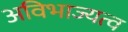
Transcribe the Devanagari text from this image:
अविभाज्यत्व